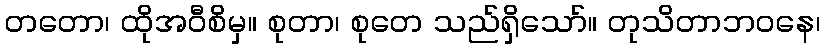
တတော၊ ထိုအဝီစိမှ။ စုတာ၊ စုတေ သည်ရှိသော်။ တုသိတာဘဝနေ၊